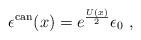
LaTeX: \begin{align*}\epsilon^{\rm can}(x) = e^{U(x) \over 2} \epsilon _{0} \ ,\end{align*}